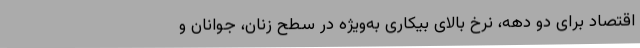
اقتصاد برای دو دهه، نرخ بالای بیکاری به‌ویژه در سطح زنان، جوانان و